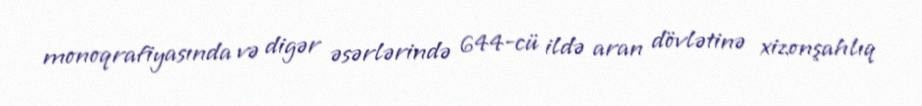
monoqrafiyasında və digər əsərlərində 644-cü ildə aran dövlətinə xizonşahlıq